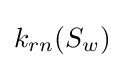
k_{rn}(S_{w})